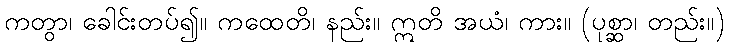
ကတွာ၊ ခေါင်းတပ်၍။ ကထေတိ၊ နည်း။ ဣတိ အယံ၊ ကား။ (ပုစ္ဆာ၊ တည်း။)